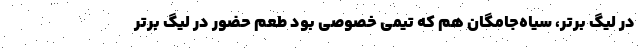
در لیگ برتر، سیاه‌جامگان هم که تیمی خصوصی بود طعم حضور در لیگ برتر